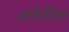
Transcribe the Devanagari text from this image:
आयेाजित